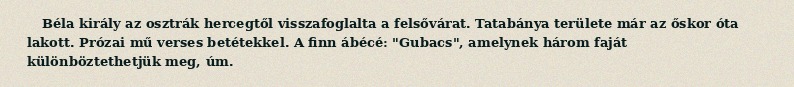
Béla király az osztrák hercegtől visszafoglalta a felsővárat. Tatabánya területe már az őskor óta lakott. Prózai mű verses betétekkel. A finn ábécé: "Gubacs", amelynek három faját különböztethetjük meg, úm.